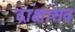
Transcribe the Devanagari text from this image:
द्राक्षासव